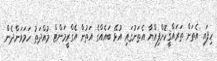
ހިފައި އެތަން ތަރައްޤީކޮށްފިއްޔާ އެތަނުގައި އުޅޭ ބައެއްގެ އަތުން އެގްރީމަންޓް މުއްދަތު ހަމަވަންދެން